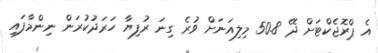
އެ ޕްރޮޖެކްޓަށް ދޭ 50.8 މިލިއަނަށް ވުރެ ގިނަ ރުފިޔާ ހަރަދުކުރަން ނިންމާފައި